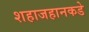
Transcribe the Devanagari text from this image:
शहाजहानकडे